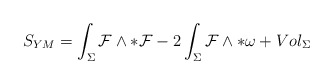
\begin{align*}S_{YM}= \int_{\Sigma} {\cal {F}}\wedge *{\cal {F}} -2\int_{\Sigma}{\cal {F}}\wedge *{\omega} + Vol_{{\Sigma}}\end{align*}